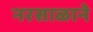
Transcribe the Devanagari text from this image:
नरसाळाने